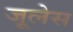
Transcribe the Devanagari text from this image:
जूलेस